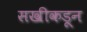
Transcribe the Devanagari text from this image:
सखीकडून